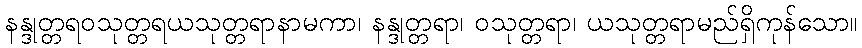
နန္ဒုတ္တရဝသုတ္တရယသုတ္တရာနာမကာ၊ နန္ဒုတ္တရာ၊ ဝသုတ္တရာ၊ ယသုတ္တရာမည်ရှိကုန်သော။